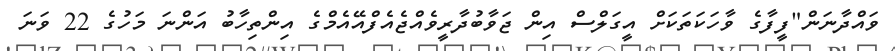
ވައްދާނަން"ފީފާގެ ވާހަކަތަކަށް އީގަލްސް އިން ޖަވާބުދާރީވެއްޖެއެފްއޭއެމްގެ އިންތިހާބު އަންނަ މަހުގެ 22 ވަނަ